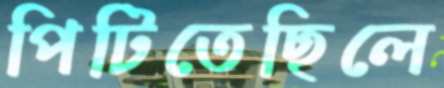
পিটিতেছিলে